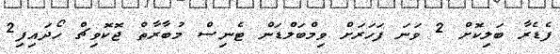
ފެޑެރާ ބަލިކޮށް 2 ވަނަ ފަހަރަށް ވިމްބަލްޑަން ޓެނިސް މުބާރާތް ޖޮކޮވިޗް ހޯދައިފި2